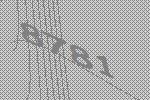
8781